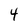
Character: 4